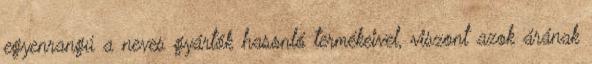
egyenrangú a neves gyártók hasonló termékeivel, viszont azok árának